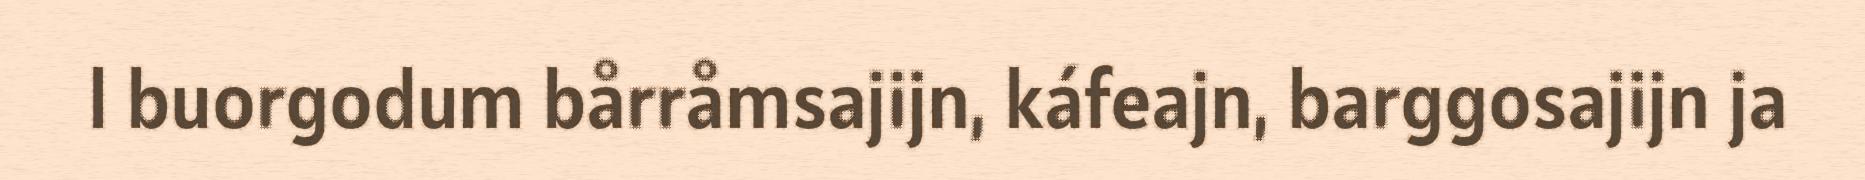
l buorgodum bårråmsajijn, káfeajn, barggosajijn ja